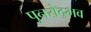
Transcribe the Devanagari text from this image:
पुनरोद्भव